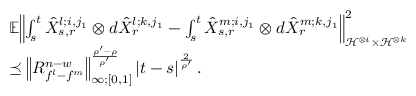
\begin{array} { r l } & { \mathbb { E } { \left\lVert { \int _ { s } ^ { t } \hat { X } _ { s , r } ^ { l ; i , j _ { 1 } } \otimes d \hat { X } _ { r } ^ { l ; k , j _ { 1 } } - \int _ { s } ^ { t } \hat { X } _ { s , r } ^ { m ; i , j _ { 1 } } \otimes d \hat { X } _ { r } ^ { m ; k , j _ { 1 } } } \right\rVert } _ { \mathcal { H } ^ { \otimes i } \times \mathcal { H } ^ { \otimes k } } ^ { 2 } } \\ & { \preceq { \left\lVert { R _ { f ^ { l } - f ^ { m } } ^ { n - w } } \right\rVert } _ { \infty ; [ 0 , 1 ] } ^ { \frac { \rho ^ { \prime } - \rho } { \rho ^ { \prime } } } \left| t - s \right| ^ { \frac { 2 } { \rho ^ { \prime } } } . } \end{array}